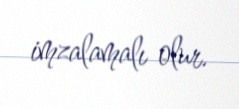
imzalamalı olur.